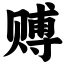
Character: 赙